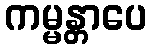
ကမ္မန္တာပေ